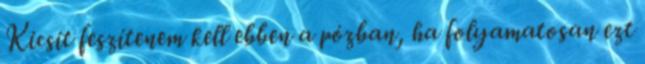
Kicsit feszítenem kell ebben a pózban, ha folyamatosan ezt